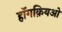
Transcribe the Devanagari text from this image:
हॉंगक़ियओ